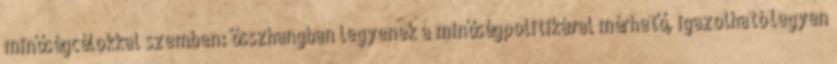
minőségcélokkal szemben: összhangban legyenek a minőségpolitikával mérhető, igazolható legyen